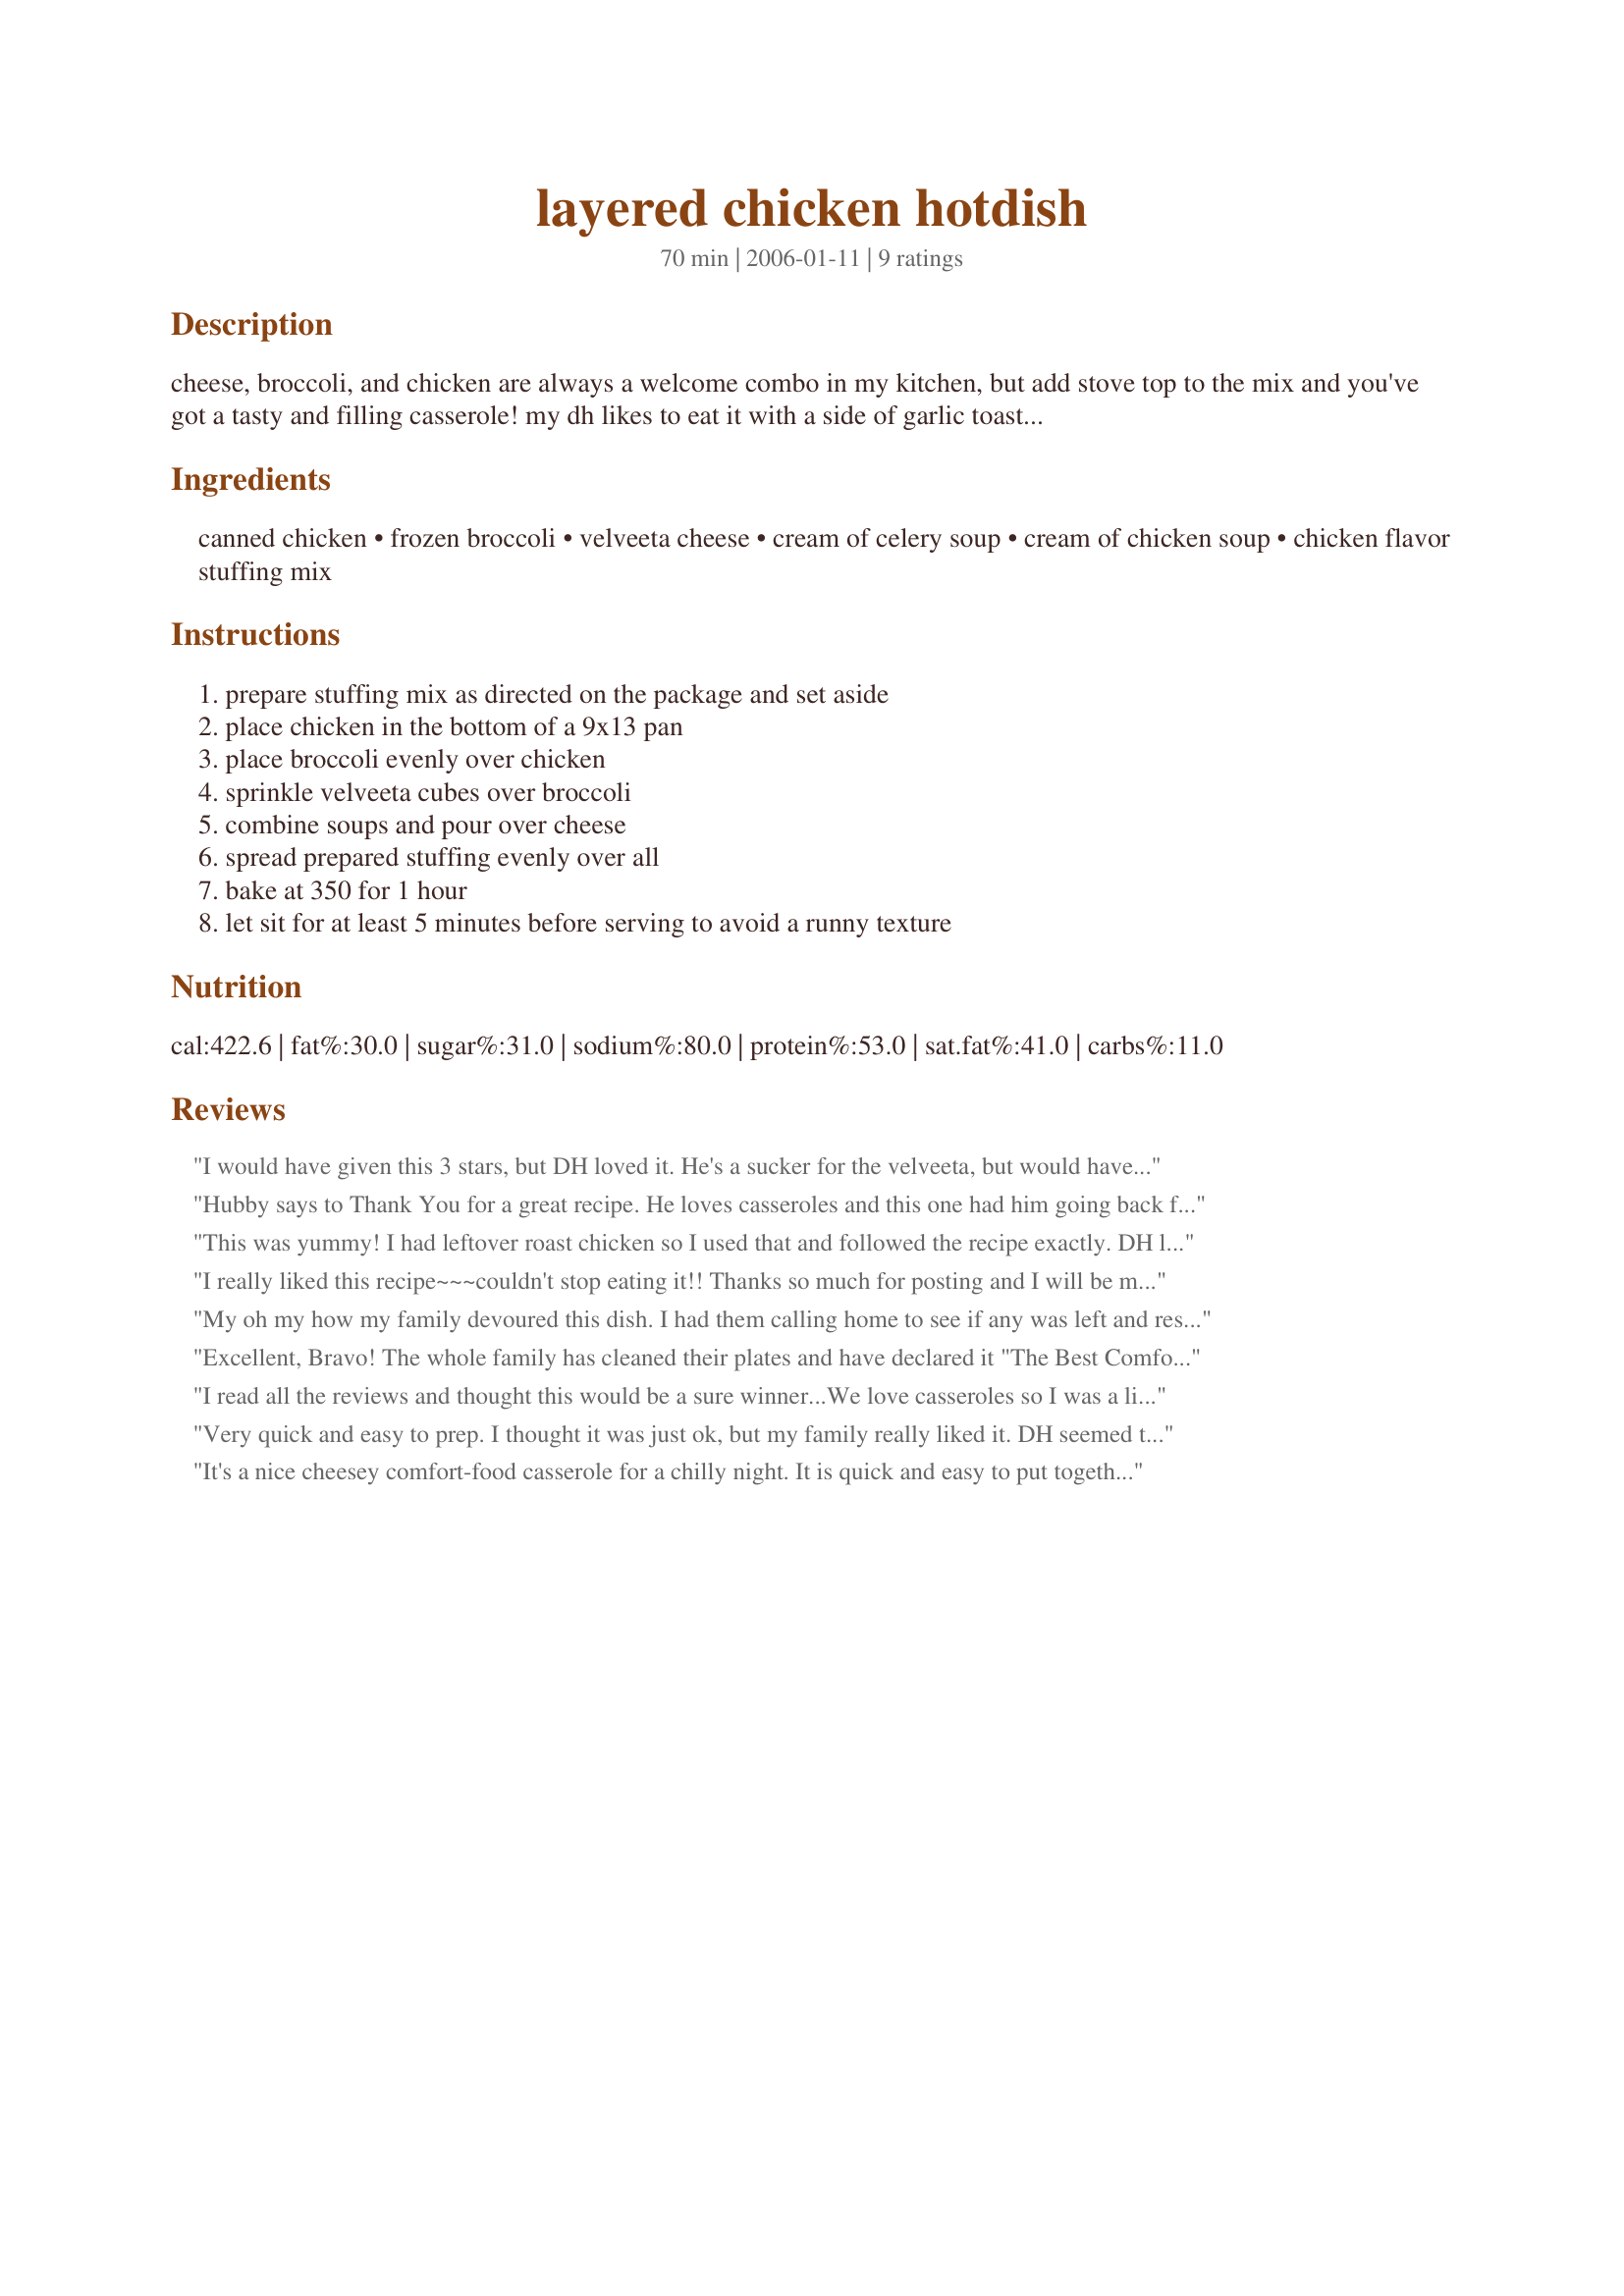
layered chicken hotdish
Preparation time: 70 minutes

cheese, broccoli, and chicken are always a welcome combo in my kitchen, but add stove top to the mix and you've got a tasty and filling casserole! my dh likes to eat it with a side of garlic toast and salad. i got this recipe from my school cookbook, i hope you enjoy it. it is excellent as leftovers!

Ingredients:
canned chicken, frozen broccoli, velveeta cheese, cream of celery soup, cream of chicken soup, chicken flavor stuffing mix

Steps:
prepare stuffing mix as directed on the package and set aside, place chicken in the bottom of a 9x13 pan, place broccoli evenly over chicken, sprinkle velveeta cubes over broccoli, combine soups and pour over cheese, spread prepared stuffing evenly over all, bake at 350 for 1 hour, let sit for at least 5 minutes before serving to avoid a runny texture

Reviews:
I would have given this 3 stars, but DH loved it. He's a sucker for the velveeta, but would have liked it more if I left the broccoli out. I didn't care to much for the cheese and stuffing mixture, I thought the cheese was overpowering.
Hubby says to Thank You for a great recipe. He loves casseroles and this one had him going back for a second helping. I used broccoli, cauliflower and carrots, added some chopped onion and a little extra cheese. It will be in his monthly rotation.
This was yummy! I had leftover roast chicken so I used that and followed the recipe exactly. DH loved this stuff and even liked it cold in his lunch the next day. (he eats everything cold!) I reheated some for my lunch the next day and it was just as good as it was the first night! Great recipe!!
I really liked this recipe~~~couldn't stop eating it!! Thanks so much for posting and I will be making this again (already pasted it to my daughter)!!
My oh my how my family devoured this dish. I had them calling home to see if any was left and reserving it for themselves seriously. I will definitely be maiking this again!
Excellent, Bravo! The whole family has cleaned their plates and have declared it "The Best Comfort Food!"
Thank you for posting.
I read all the reviews and thought this would be a sure winner...We love casseroles so I was a little disappointed. We don't eat Velveeta so I subbed regular cheddar, it was ok, definitely wont be making this again. Just hope the leftovers get eaten...
Very quick and easy to prep. I thought it was just ok, but my family really liked it. DH seemed to think it was more of a side dish than a one-dish meal though. I used canned chicken and would go with the diced, cooked chicken next time and season it with garlic and onion powder as canned chicken really isn't great in this. The broccoli turned out a little over-cooked, but it was pretty good. I think cauliflower or asparagus would also be good in this dish. Next time, I would also use cream of chicken and mushroom soup or cream of chicken with herbs instead of plain cream of chicken soup. Thanks.
It's a nice cheesey comfort-food casserole for a chilly night. It is quick and easy to put together and tastes just great! I do make a few changes though. I sub cream of mushroom for the cream of chicken. And I sprinkle a little poultry seasoning and thyme on the chicken before cooking. Thanks for posting!
